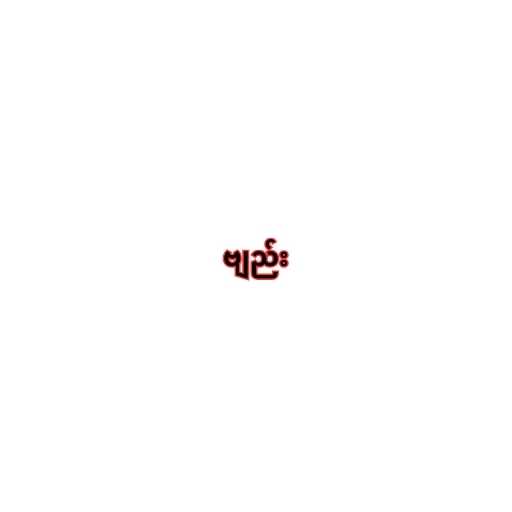
ဗျည်း